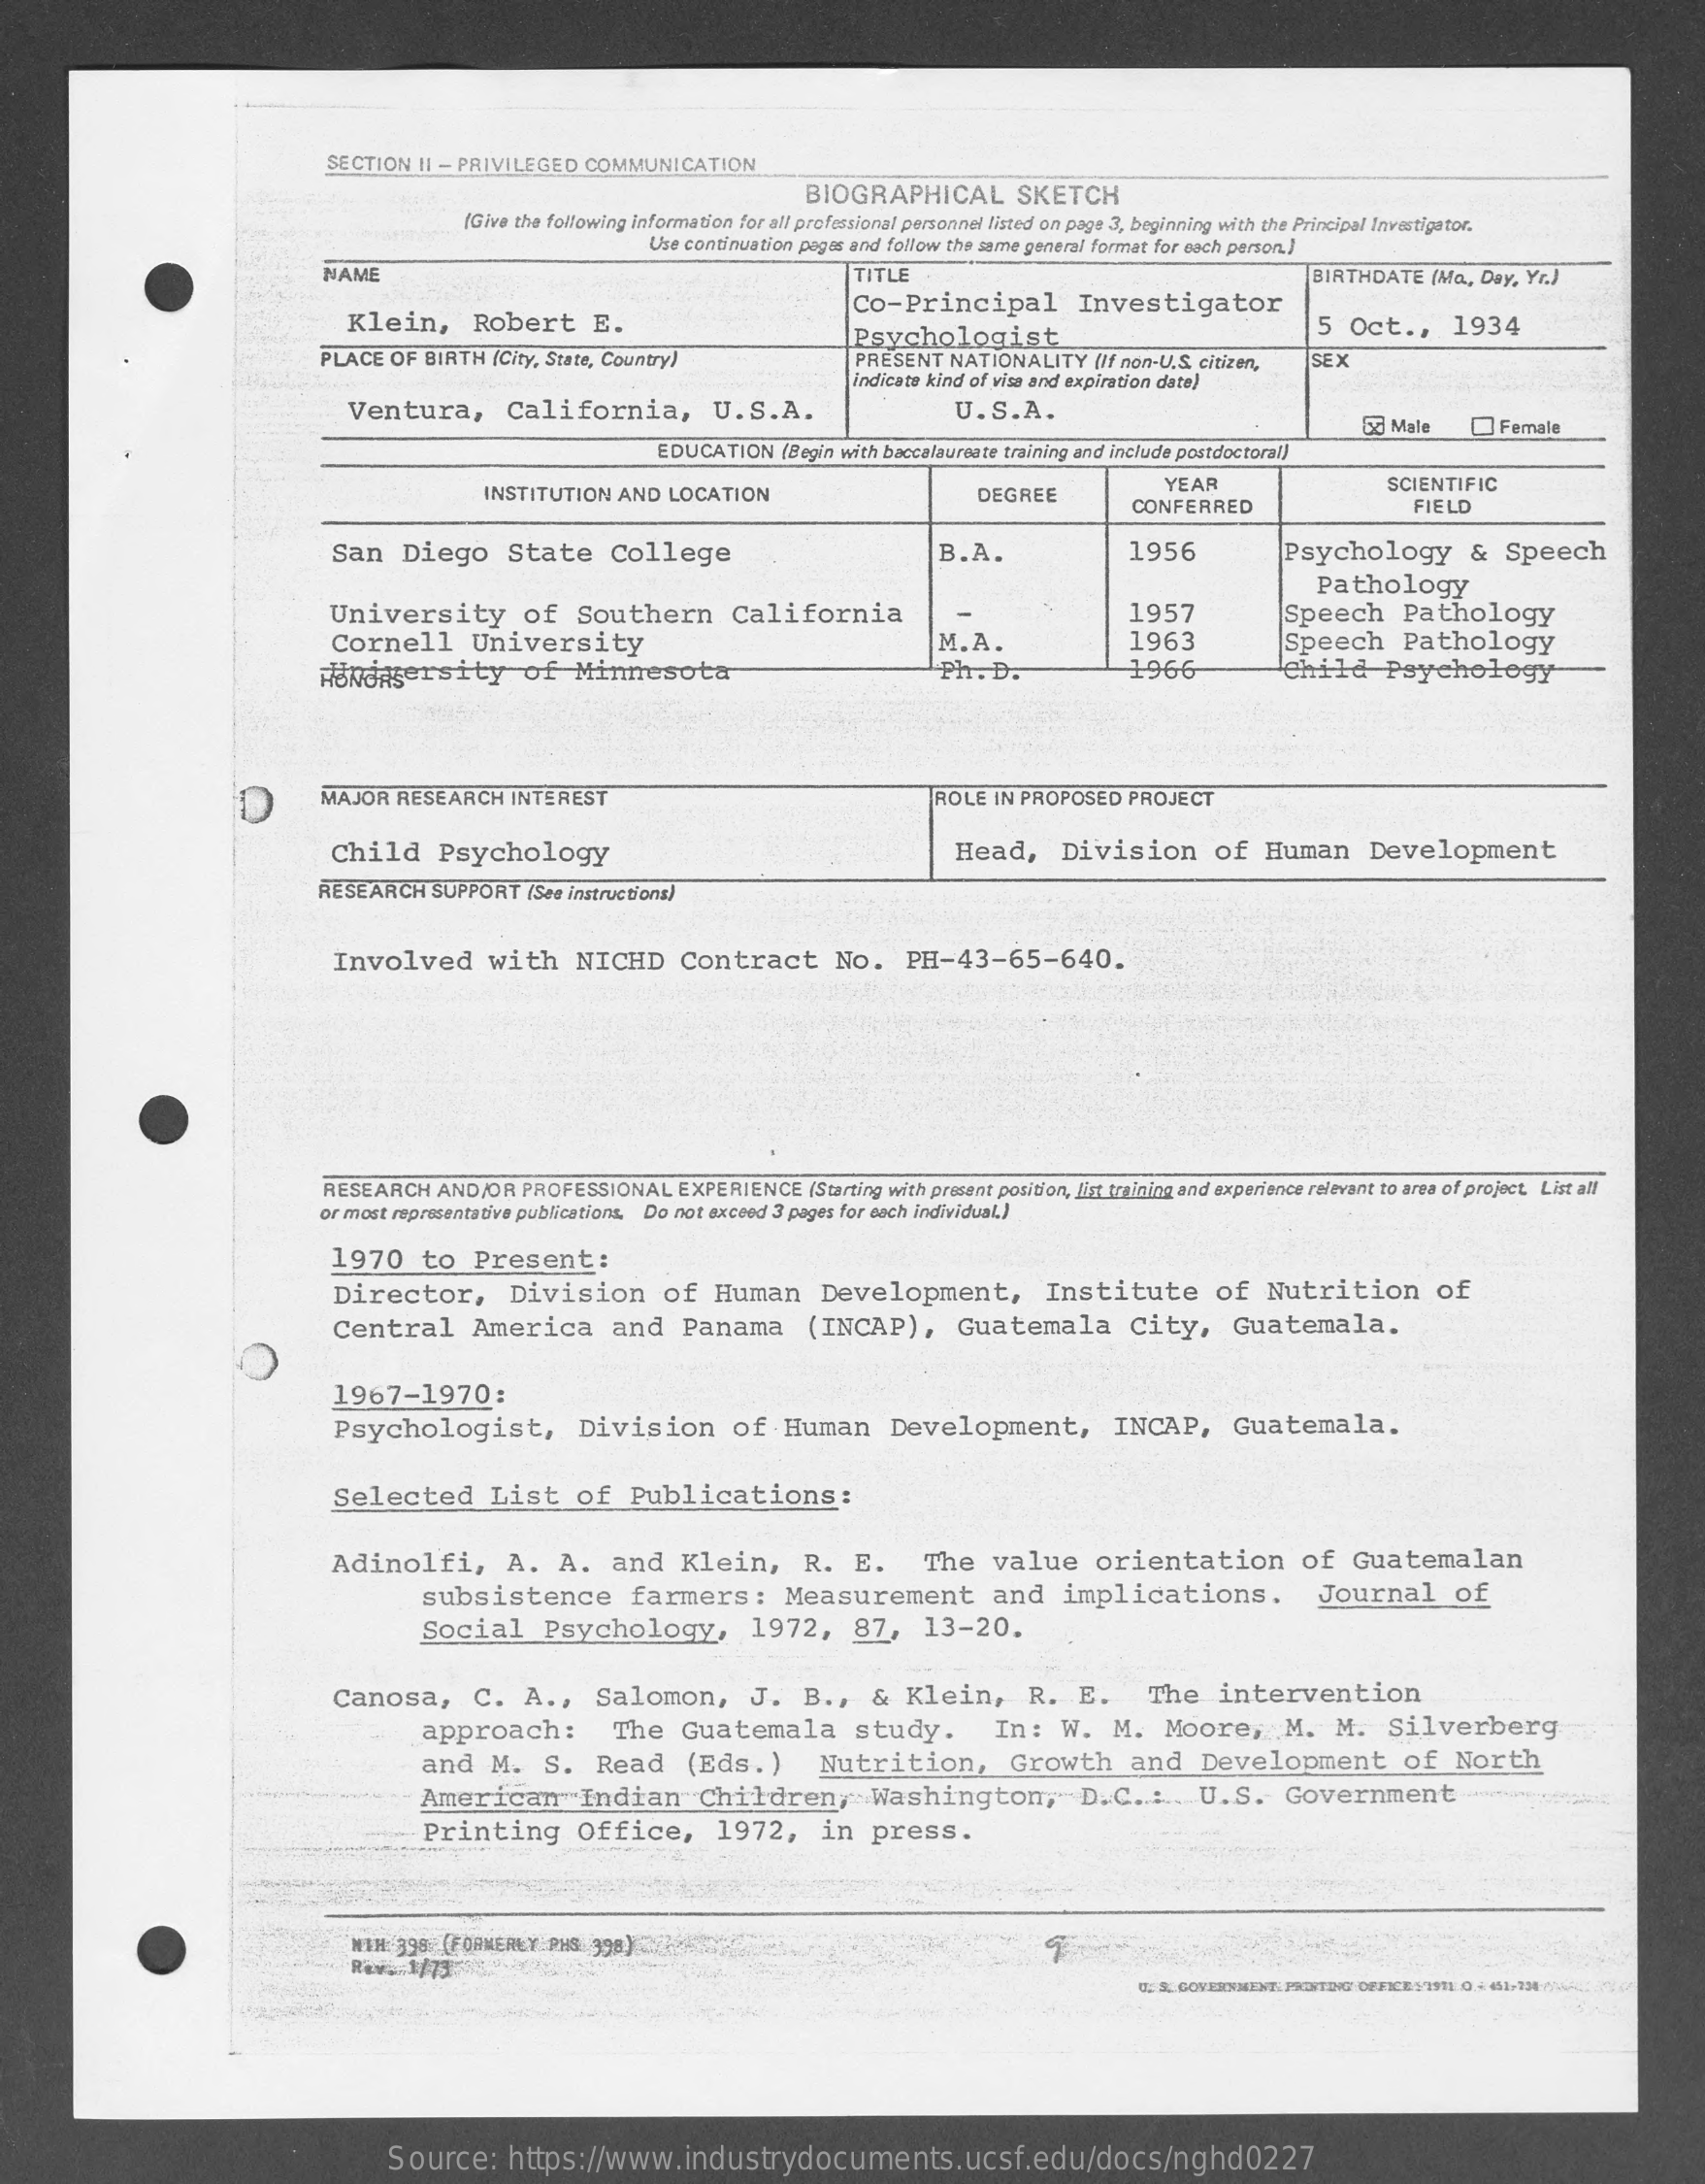
SECTION II - PRIVILEGED COMMUNICATION
     BIOGRAPHICAL    SKETCH
     (Give the following Information for all professional personnel listed on page 3, beginning with the Principal Investigator.
     Use continuation pages and follow the same general format for each person.]
     NAME    TITLE
     Klein,    Robert    E.
     Co-Principal    Investigator
     BIRTHDATE  (Ma, Day, Yr.)
     PLACE  OF BIRTH (City, State, Country)
     Psychologist
     5  Oct  .,   1934
     PRESENT NATIONALITY   (If non-U.S. citizen,
     Indicate kind of visa and expiration date)
     SEX
     Ventura,    California,    U.S.A.    U.S.A.
     55 Male    Female
     EDUCATION  (Begin with baccalaureate training and include postdoctoral)
     INSTITUTION  AND  LOCATION    DEGREE
     YEAR    SCIENTIFIC
     CONFERRED    FIELD
     San    Diego    State    College    B.A.    1956    Psychology    &   Speech
     Pathology
     University    of   Southern    California    -    1957
     Cornell    University
     Speech    Pathology
     M.A.    1963
     HÖNdagersity    of   Minnesota
     Speech    Pathology
     Ph. D.    1966    Child    Psychology
     D    MAJOR  RESEARCH   INTEREST    ROLE  IN PROPOSED PROJECT
     Child    Psychology    Head,    Division    of   Human    Development
     RESEARCH   SUPPORT  (See instructions)
     Involved    with    NICHD    Contract    No.    PH-43-65-640.
     RESEARCH  AND/OR  PROFESSIONAL   EXPERIENCE  (Starting with present position, list training and experience relevant to area of project. List all
     or most representative publications. Do not exceed 3 pages for each individual.)
     1970    to  Present:
     Director,    Division    of   Human    Development,    Institute    of   Nutrition    of
     Central    America    and    Panama    (INCAP),    Guatemala    City,    Guatemala.
     Psychologist,    Division    of   Human    Development,    INCAP,    Guatemala.
     1967-1970:
     Selected    List    of   Publications:
     Adinolfi,    A.   A.   and    Klein,    R.  E.    The   value    orientation    of   Guatemalan
     subsistence    farmers:    Measurement    and   implications.    Journal    of
     Social    Psychology,    1972,    87,    13-20.
     Canosa,    C.   A  .,  Salomon,    J.   B .,  &  Klein,    R.  E.    The    intervention
     approach:    The   Guatemala    study.    In:   W.  M.   Moore,    M.  M.    Silverberg
     and   M.   S.   Read    (Eds.)    Nutrition,    Growth    and    Development    of   North
     American    Indian    Children,    Washington,    D.C.   ..... U. S. Government
     Printing    Office,    1972,    in   press.
     WTH  398 (FORMERLY PHS 998)
     Source:    https://www.industrydocuments.ucsf.edu/docs/nghd0227